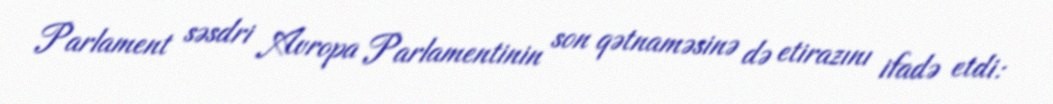
Parlament səsdri Avropa Parlamentinin son qətnaməsinə də etirazını ifadə etdi: